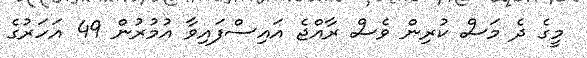
މީގެ ދެ މަސް ކުރިން ވެސް ރާއްޖެ އައިސްފައިވާ އުމުރުން 49 އަހަރުގެ